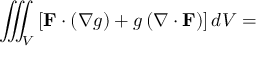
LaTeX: \iiint _ { V } \left[ \mathbf { F } \cdot \left( \nabla g \right) + g \left( \nabla \cdot \mathbf { F } \right) \right] d V =